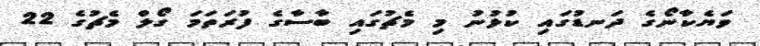
ވަޔެކާނޯގެ ދަނޑުގައި ކުޅުނު މި މެޗުގައި ބާސާގެ ފުރަތަމަ ގޯލް މެޗުގެ 22